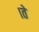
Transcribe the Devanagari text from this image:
।ते